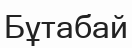
Бұтабай